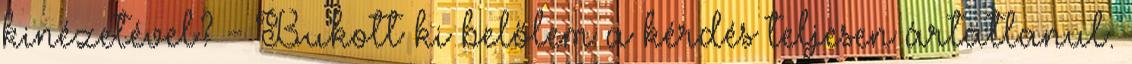
kinézetével? - Bukott ki belőlem a kérdés teljesen ártatlanul.